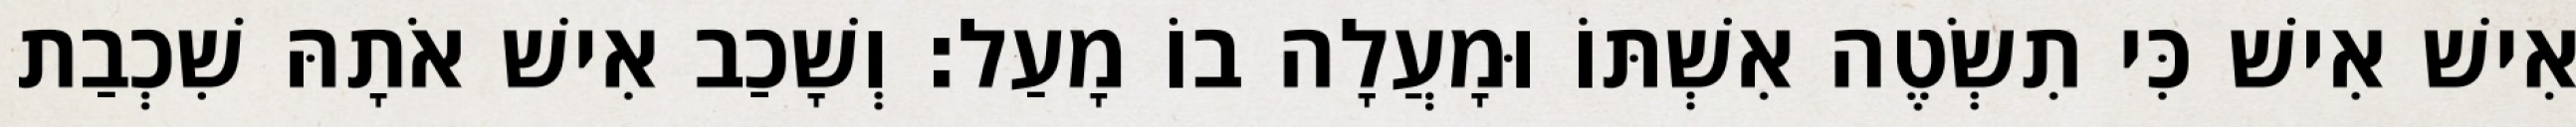
אִישׁ אִישׁ כִּי תִשְׂטֶה אִשְׁתּוֹ וּמָעֲלָה בוֹ מָעַל׃ וְשָׁכַב אִישׁ אֹתָהּ שִׁכְבַת